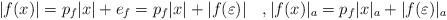
LaTeX: \begin{align*}|f(x)| = p_f |x| + e_f=p_f |x| + |f(\varepsilon)|\quad,|f(x)|_a = p_f |x|_a + |f(\varepsilon)|_a\end{align*}